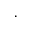
\cdot